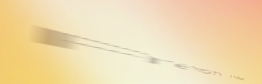
Fresh Bakery